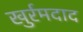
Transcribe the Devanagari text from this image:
खुर्रमदाद